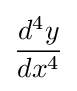
{\frac {d^{4}y}{dx^{4}}}